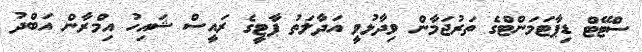
ސްޓޭޓް ޑިޕާޓަމަންޓްގެ ތަރުޖަމާން ވިދާޅުވީ އަދާލަތު ޕާޓީގެ ރައީސް ޝައިހު އިމްރާން އަބްދު